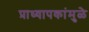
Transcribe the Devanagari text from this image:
प्राध्यापकांमुळे